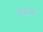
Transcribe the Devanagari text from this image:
अस्क